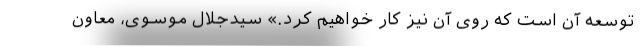
توسعه آن است که روی آن نیز کار خواهیم کرد.» سیدجلال موسوی، معاون